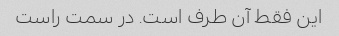
این فقط آن طرف است. در سمت راست